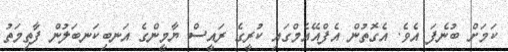
ކަމަށް ބުނެފަ އެވެ. އެގޮތުން އެފްއޭއެމްގައި ކުރީގެ ރައީސް ޔާމީންގެ އަނބިކަނބަލުން ފާތިމަތު